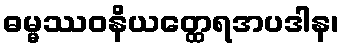
ဓမ္မဿဝနိယတ္ထေရအပဒါန၊